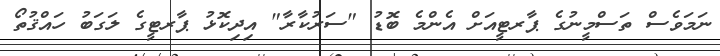
ނަމަވެސް ތަސްމީނުގެ ޕާރޓީއަށް އެންމެ ބޮޑު "ސަރުކާރާ" އިދިކޮޅު ޕާރޓީގެ ލަގަބު ހައްޤުތޯ